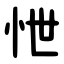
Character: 怈